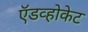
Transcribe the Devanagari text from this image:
ऍडव्होकेट